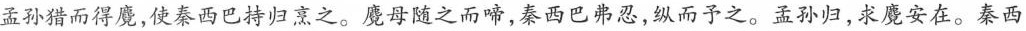
孟孙猎而得魔，使秦西巴持归烹之。魔母随之而啼，秦西巴弗忍，纵而予之。孟孙归，求魔安在。秦西